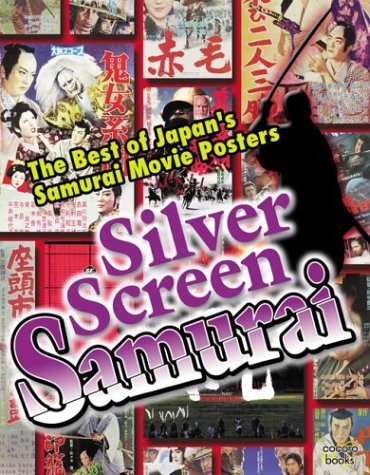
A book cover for Silver Screen Samurai: The Best of Japan's Samurai Movie Posters; Cocoro Books; Crafts, Hobbies & Home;